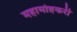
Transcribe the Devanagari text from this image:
महामोहकरी